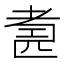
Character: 𱻬